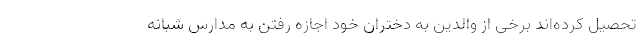
تحصیل کرده‌اند برخی از والدین به دختران خود اجازه رفتن به مدارس شبانه